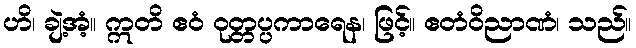
ဟိ၊ ချဲ့အံ့။ ဣတိ ဧဝံ ဝုတ္တပ္ပကာရေန၊ ဖြင့်။ ဧတံဝိညာဏံ၊ သည်။